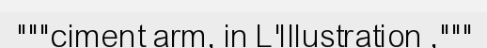
"""ciment arm, in L'Illustration ,"""